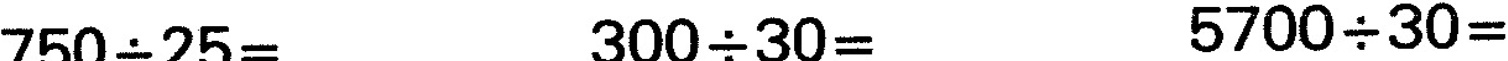
$$7 5 0 {\div} 2 5 =$$ $$3 0 0 {\div} 3 0 =$$ $$5 7